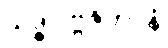
သဒ္ဓါပဗ္ဗဇိတာနံ